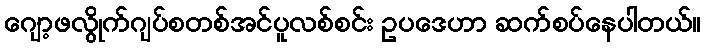
ဂျော့ဖလွိုက်ဂျပ်စတစ်အင်ပူလစ်စင်း ဥပဒေဟာ ဆက်စပ်နေပါတယ်။